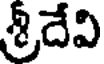
శ్రీదేవి